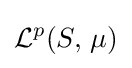
{\mathcal {L}}^{p}(S,\,\mu )